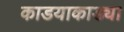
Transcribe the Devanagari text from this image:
काडयाकाड्या